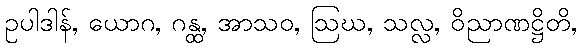
ဥပါဒါန်, ယောဂ, ဂန္ထ, အာသဝ, ဩဃ, သလ္လ, ဝိညာဏဋ္ဌိတိ,